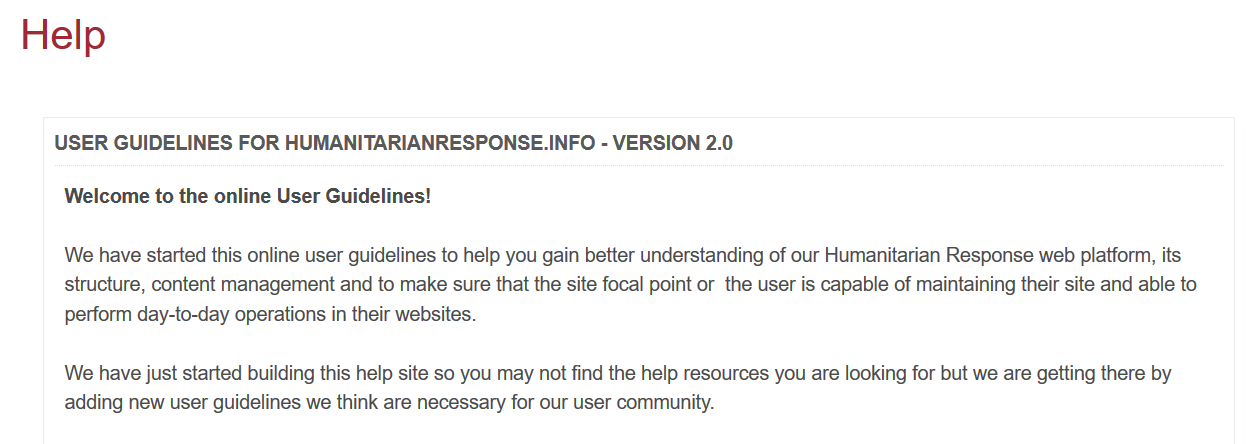
Help
     USER  GUIDELINES  FOR HUMANITARIANRESPONSE.INFO
     -
     VERSION  2.0
     Welcome to the online User Guidelines!
     We have started this online user guidelines to help you gain better understanding of our Humanitarian Response web platform, its
     structure, content management and to make sure that the site focal point or the user is capable of maintaining their site and able to
     perform day-to-day operations in their websites.
     We have just started building this help site so you may not find the help resources you are looking for but we are getting there by
     adding new user guidelines we think are necessary for our user community.